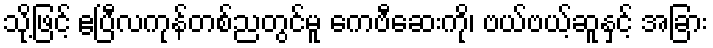
သို့ဖြင့် ဧပြီလကုန်တစ်ညတွင်မူ ကေဗီဆေးကို၊ ဗယ်ဗယ့်ဆူနှင့် အခြား